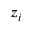
z _ { i }